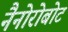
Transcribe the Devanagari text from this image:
नैनोरोबोट